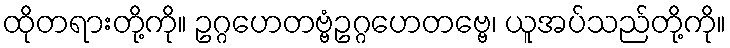
ထိုတရားတို့ကို။ ဥဂ္ဂဟေတဗ္ဗံဥဂ္ဂဟေတဗ္ဗေ၊ ယူအပ်သည်တို့ကို။